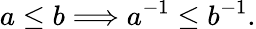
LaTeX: a\leq b\Longrightarrow a^{-1}\leq b^{-1}.